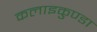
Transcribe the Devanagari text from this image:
कलाइकुण्डा